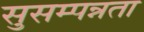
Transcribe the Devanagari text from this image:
सुसम्पन्नता